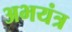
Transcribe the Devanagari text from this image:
अभयंत्र